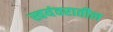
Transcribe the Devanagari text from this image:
स्वयंवरातील